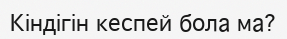
Кіндігін кеспей бола ма?